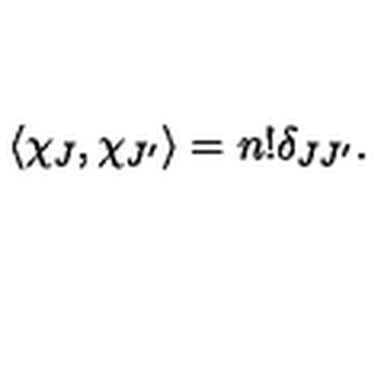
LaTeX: \langle \chi _ { J } , \chi _ { J ^ { \prime } } \rangle = n ! \delta _ { J J ^ { \prime } } .